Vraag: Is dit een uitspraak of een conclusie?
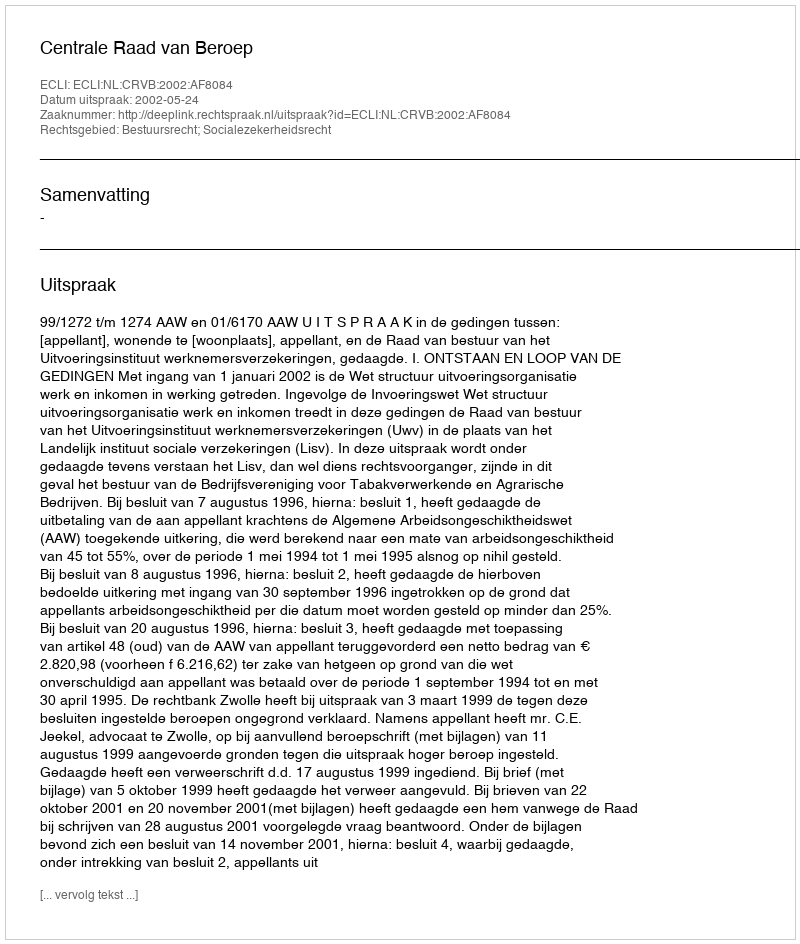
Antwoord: Uitspraak